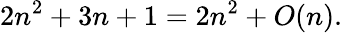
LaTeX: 2n^{2}+3n+1=2n^{2}+O(n).